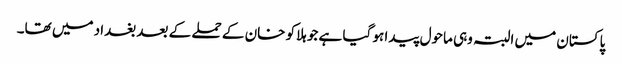
پاکستان میں البتہ وہی ماحول پیدا ہو گیا ہے جو ہلاکو خان کے حملے کے بعد بغداد میں تھا۔